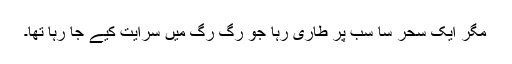
مگر ایک سحر سا سب پر طاری رہا جو رگ رگ میں سرایت کیے جا رہا تھا۔